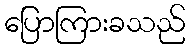
ပြောကြားခသည်